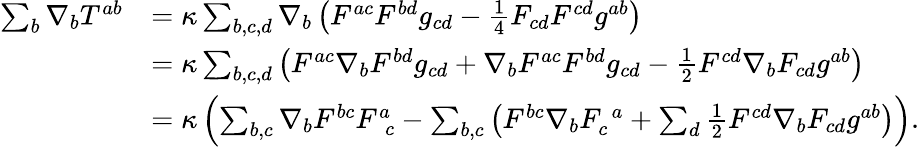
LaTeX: \begin{array}{rl}{\sum_{b}\nabla_{b}T^{ab}}&{=\kappa\sum_{b,c,d}\nabla_{b}\left(F^{ac}F^{bd}g_{cd}-\frac{1}{4}F_{cd}F^{cd}g^{ab}\right)}\\ &{=\kappa\sum_{b,c,d}\left(F^{ac}\nabla_{b}F^{bd}g_{cd}+\nabla_{b}F^{ac}F^{bd}g_{cd}-\frac{1}{2}F^{cd}\nabla_{b}F_{cd}g^{ab}\right)}\\ &{=\kappa\left(\sum_{b,c}\nabla_{b}F^{bc}F_{\phantom{a}c}^{a}-\sum_{b,c}\left(F^{bc}\nabla_{b}F_{c}^{\phantom{c}a}+\sum_{d}\frac{1}{2}F^{cd}\nabla_{b}F_{cd}g^{ab}\right)\right).}\end{array}